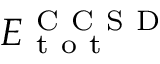
E _ { \mathrm { ~ t ~ o ~ t ~ } } ^ { \mathrm { ~ C ~ C ~ S ~ D ~ } }